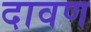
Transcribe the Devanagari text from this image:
दावण